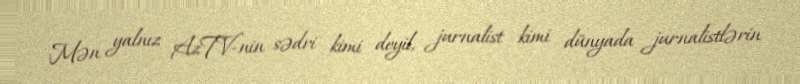
Mən yalnız AzTV-nin sədri kimi deyil, jurnalist kimi dünyada jurnalistlərin